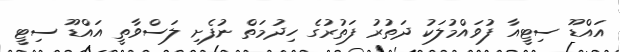
އައްޑޫ ސިޓީއާ ފުވައްމުލަކު ދަތުރު ފަތުރުގެ ހިދުމަތް ނުފެށި ލަސްވާތީ އައްޑޫ ސިޓީ